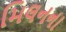
મિલનના